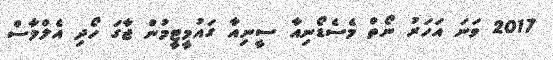
2017 ވަނަ އަހަރު ނޯތް މެސެޑޯނިއާ ސީނިއާ ގައުމީޓީމުން ޖާގަ ހޯދި އެލްމާސް